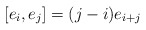
\begin{align*}[e_i,e_j]=(j-i)e_{i+j}\end{align*}